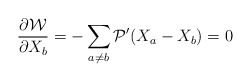
\begin{align*}\frac{\partial {\cal W} }{\partial X_{b}} = -\sum_{a\neq b} {\cal P}'(X_{a}-X_{b})=0 \end{align*}